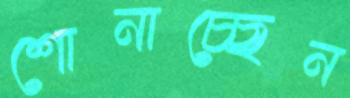
শোনাচ্ছেন